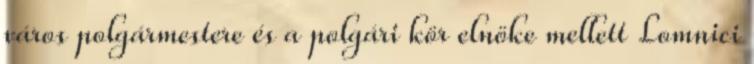
város polgármestere és a polgári kör elnöke mellett Lomnici